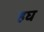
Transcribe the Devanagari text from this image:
हघ